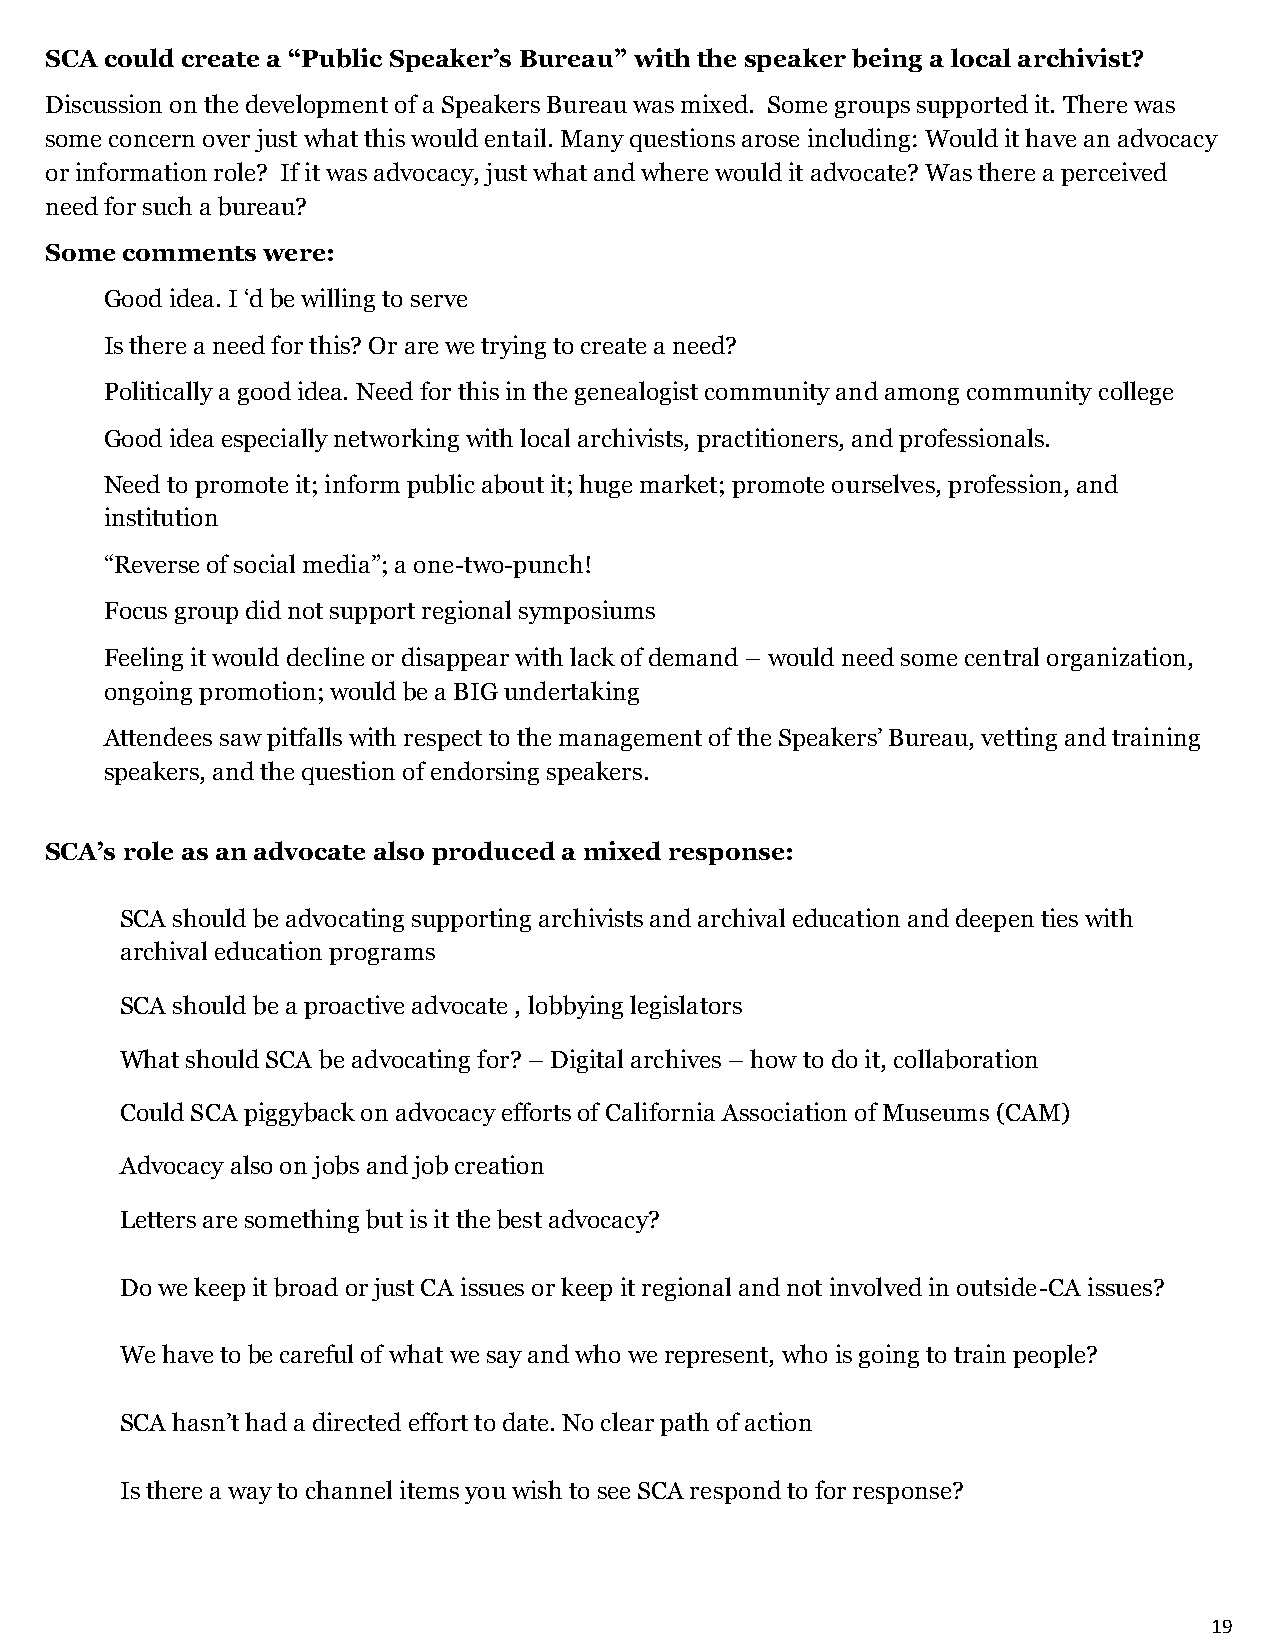
SCA could create a “Public Speaker’s Bureau” with the speaker being a local archivist?
 Discussion on the development of a Speakers Bureau was mixed. Some groups supported it. There was
 some concern over just what this would entail. Many questions arose including: Would it have an advocacy
 or information role? If it was advocacy, just what and where would it advocate? Was there a perceived
 need for such a bureau?
 Some comments were:
 Good idea. I ‘d be willing to serve
 Is there a need for this? Or are we trying to create a need?
 Politically a good idea. Need for this in the genealogist community and among community college
 Good idea especially networking with local archivists, practitioners, and professionals.
 Need to promote it; inform public about it; huge market; promote ourselves, profession, and
 institution
 “Reverse of social media”; a one-two-punch!
 Focus group did not support regional symposiums
 Feeling it would decline or disappear with lack of demand – would need some central organization,
 ongoing promotion; would be a BIG undertaking
 Attendees saw pitfalls with respect to the management of the Speakers’ Bureau, vetting and training
 speakers, and the question of endorsing speakers.
 SCA’s role as an advocate also produced a mixed response:
 SCA should be advocating supporting archivists and archival education and deepen ties with
 archival education programs
 SCA should be a proactive advocate , lobbying legislators
 What should SCA be advocating for? – Digital archives – how to do it, collaboration
 Could SCA piggyback on advocacy efforts of California Association of Museums (CAM)
 Advocacy also on jobs and job creation
 Letters are something but is it the best advocacy?
 Do we keep it broad or just CA issues or keep it regional and not involved in outside-CA issues?
 We have to be careful of what we say and who we represent, who is going to train people?
 SCA hasn’t had a directed effort to date. No clear path of action
 Is there a way to channel items you wish to see SCA respond to for response?
 19